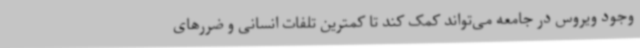
وجود ویروس در جامعه می‌تواند کمک کند تا کمترین تلفات انسانی و ضررهای